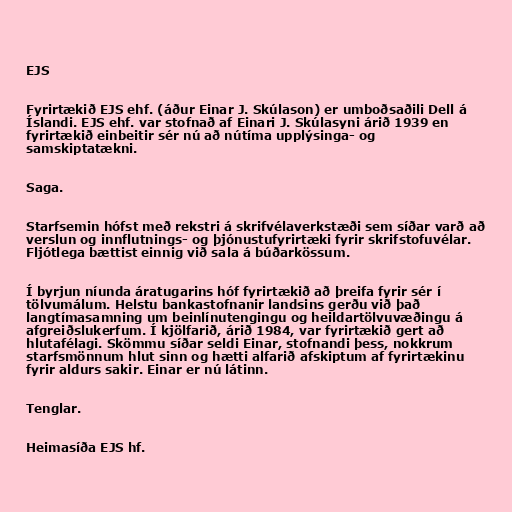
EJS

Fyrirtækið EJS ehf. (áður Einar J. Skúlason) er umboðsaðili Dell á
Íslandi. EJS ehf. var stofnað af Einari J. Skúlasyni árið 1939 en
fyrirtækið einbeitir sér nú að nútíma upplýsinga- og
samskiptatækni.

Saga.

Starfsemin hófst með rekstri á skrifvélaverkstæði sem síðar varð að
verslun og innflutnings- og þjónustufyrirtæki fyrir skrifstofuvélar.
Fljótlega bættist einnig við sala á búðarkössum.

Í byrjun níunda áratugarins hóf fyrirtækið að þreifa fyrir sér í
tölvumálum. Helstu bankastofnanir landsins gerðu við það
langtímasamning um beinlínutengingu og heildartölvuvæðingu á
afgreiðslukerfum. Í kjölfarið, árið 1984, var fyrirtækið gert að
hlutafélagi. Skömmu síðar seldi Einar, stofnandi þess, nokkrum
starfsmönnum hlut sinn og hætti alfarið afskiptum af fyrirtækinu
fyrir aldurs sakir. Einar er nú látinn.

Tenglar.

Heimasíða EJS hf.